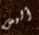
أليس